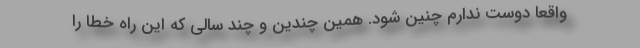
واقعا دوست ندارم چنین شود. همین چندین و چند سالی که این راه خطا را